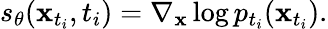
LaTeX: \begin{array}{r}{s_{\theta}(\mathbf{x}_{t_{i}},t_{i})=\nabla_{\mathbf{x}}\log p_{t_{i}}(\mathbf{x}_{t_{i}}).}\end{array}